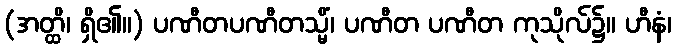
(အတ္ထိ၊ ရှိ၏။) ပဏီတပဏီတသ္မိံ၊ ပဏီတ ပဏီတ ကုသိုလ်၌။ ဟီနံ၊